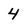
Character: 4